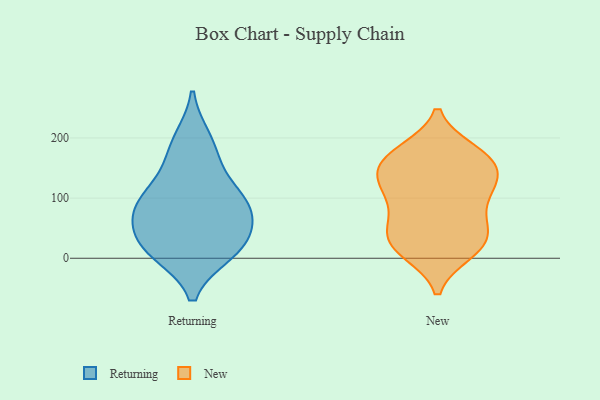
{"axis": {"x": "Budget (USD K)", "y": "Value"}, "legend": ["New", "Returning"], "data": [{"x": "", "y": 92, "type": "Returning"}, {"x": "", "y": 21, "type": "Returning"}, {"x": "", "y": 79, "type": "Returning"}, {"x": "", "y": 77, "type": "Returning"}, {"x": "", "y": 11, "type": "Returning"}, {"x": "", "y": 196, "type": "Returning"}, {"x": "", "y": 171, "type": "Returning"}, {"x": "", "y": 22, "type": "Returning"}, {"x": "", "y": 24, "type": "Returning"}, {"x": "", "y": 120, "type": "Returning"}, {"x": "", "y": 85, "type": "Returning"}, {"x": "", "y": 177, "type": "New"}, {"x": "", "y": 57, "type": "New"}, {"x": "", "y": 11, "type": "New"}, {"x": "", "y": 10, "type": "New"}, {"x": "", "y": 145, "type": "New"}, {"x": "", "y": 171, "type": "New"}, {"x": "", "y": 109, "type": "New"}, {"x": "", "y": 120, "type": "New"}, {"x": "", "y": 134, "type": "New"}, {"x": "", "y": 36, "type": "New"}, {"x": "", "y": 105, "type": "New"}, {"x": "", "y": 15, "type": "New"}, {"x": "", "y": 178, "type": "New"}, {"x": "", "y": 31, "type": "New"}, {"x": "", "y": 138, "type": "New"}, {"x": "", "y": 91, "type": "New"}, {"x": "", "y": 150, "type": "New"}, {"x": "", "y": 63, "type": "New"}, {"x": "", "y": 169, "type": "New"}, {"x": "", "y": 41, "type": "New"}]}